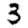
Digit: 3